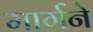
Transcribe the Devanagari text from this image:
मार्गने